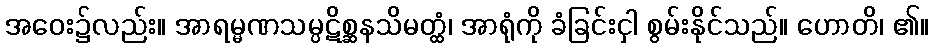
အဝေး၌လည်း။ အာရမ္မဏသမ္ပဋိစ္ဆနသိမတ္ထံ၊ အာရုံကို ခံခြင်းငှါ စွမ်းနိုင်သည်။ ဟောတိ၊ ၏။